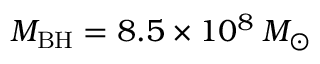
M _ { \mathrm { B H } } = 8 . 5 \times 1 0 ^ { 8 } \: M _ { \odot }